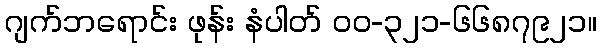
ဂျက်ဘရောင်း ဖုန်း နံပါတ် ဝဝ-၃၂၁-၆၆၈၇၉၂၁။